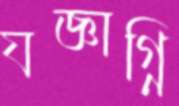
যজ্ঞাগ্নি